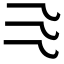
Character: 𰀰